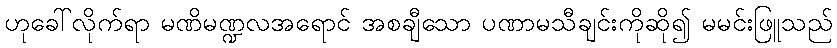
ဟုခေါ်လိုက်ရာ မဏိမဏ္ဍလအရောင် အစချီသော ပဏာမသီချင်းကိုဆို၍ မမင်းဖြူသည်